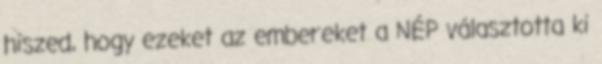
hiszed, hogy ezeket az embereket a NÉP választotta ki